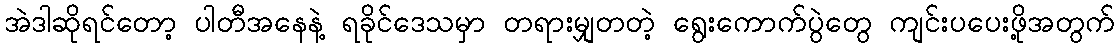
အဲဒါဆိုရင်တော့ ပါတီအနေနဲ့ ရခိုင်ဒေသမှာ တရားမျှတတဲ့ ရွေးကောက်ပွဲတွေ ကျင်းပပေးဖို့အတွက်